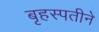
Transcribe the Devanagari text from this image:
बृहस्पतीने